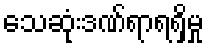
သေဆုံးဒဏ်ရာရရှိမှု